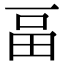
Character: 畐